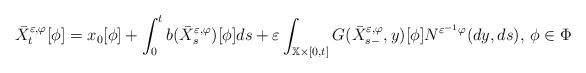
LaTeX: \begin{align*}\bar{X}_{t}^{\varepsilon ,\varphi }[\phi ]=x_{0}[\phi ]+\int_{0}^{t}b(\bar{X}_{s}^{\varepsilon ,\varphi })[\phi ]ds+\varepsilon \int_{\mathbb{X}\times\lbrack 0,t]}G(\bar{X}_{s-}^{\varepsilon ,\varphi },y)[\phi ]N^{\varepsilon^{-1}\varphi }(dy,ds),\,\phi \in \Phi \end{align*}